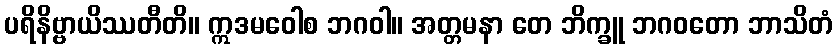
ပရိနိဗ္ဗာယိဿတီတိ။ ဣဒမဝေါစ ဘဂဝါ။ အတ္တမနာ တေ ဘိက္ခူ ဘဂဝတော ဘာသိတံ